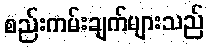
စည်းကမ်းချက်များသည်